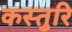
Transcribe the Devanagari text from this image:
कस्तुरि